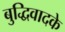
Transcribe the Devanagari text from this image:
बुद्धिवादके